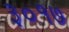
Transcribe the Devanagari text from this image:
३०१७